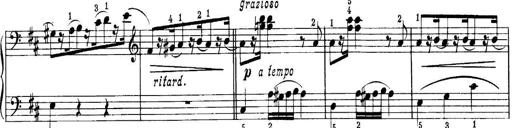
Title: Quatres sonatines
Composer: Tadeusz Joteyko